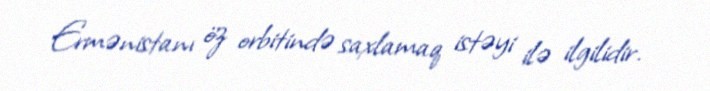
Ermənistanı öz orbitində saxlamaq istəyi ilə ilgilidir.